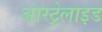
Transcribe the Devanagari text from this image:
आस्ट्रेलाइड